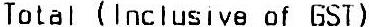
TOTAL (INCLUSIVE OF GST)